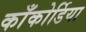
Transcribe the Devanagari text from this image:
काँकोर्डिया